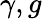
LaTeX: \gamma,g